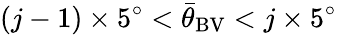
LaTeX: (j-1)\times 5^{\circ}<{\bar{\theta}}_{\mathrm{BV}}<j\times 5^{\circ}